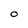
Character: O